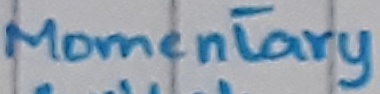
Text: Momentary